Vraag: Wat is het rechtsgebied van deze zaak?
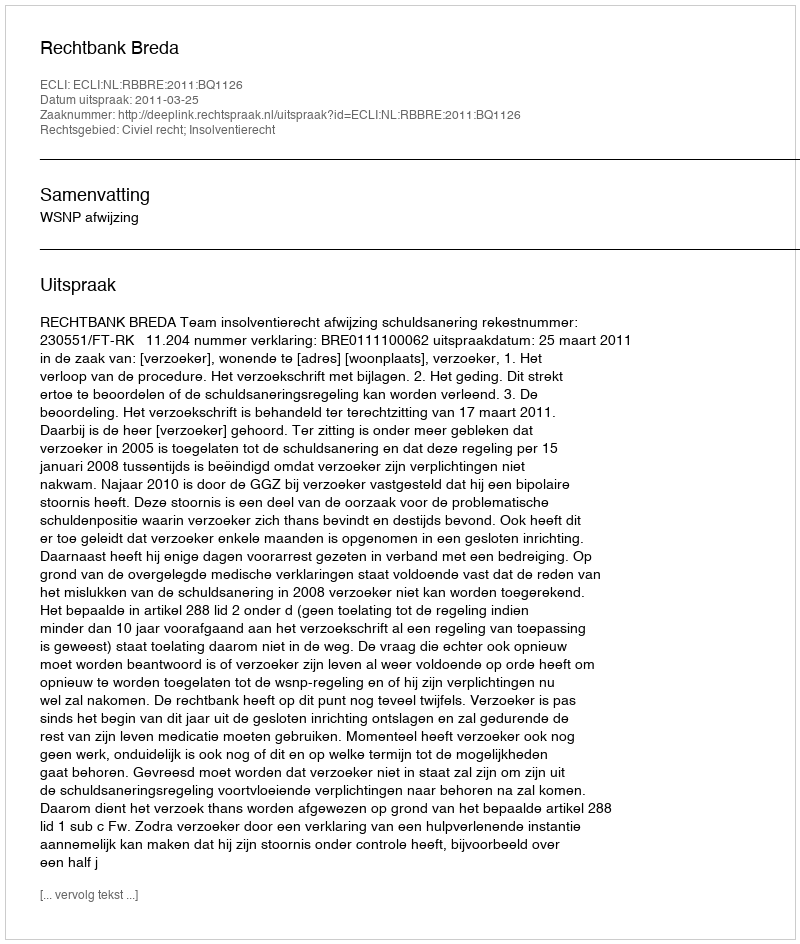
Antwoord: Civiel recht; Insolventierecht